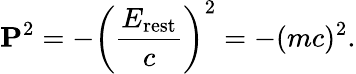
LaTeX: \mathbf{P}^{2}=-\left({\frac{E_{\mathrm{rest}}}{c}}\right)^{2}=-(mc)^{2}.